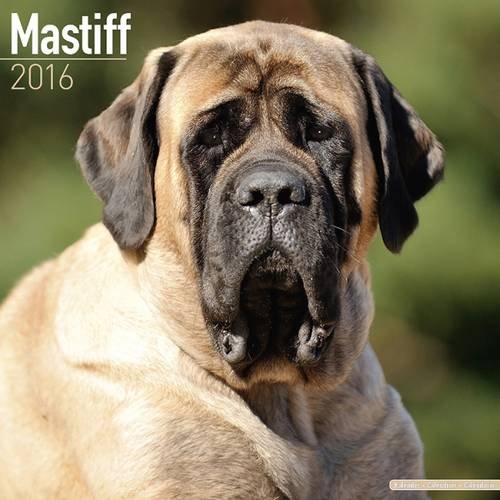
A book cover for Mastiff Calendar - Breed Specific Mastiff Calendar - 2016 Wall calendars - Dog Calendars - Monthly Wall Calendar by Avonside; MegaCalendars; Calendars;